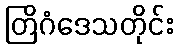
တြိဂံဒေသတိုင်း